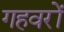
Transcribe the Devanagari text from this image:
गहवरों